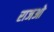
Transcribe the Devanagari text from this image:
राजओ